Medical and sanitary report of the native army of Bengal for the year
Year: 1877
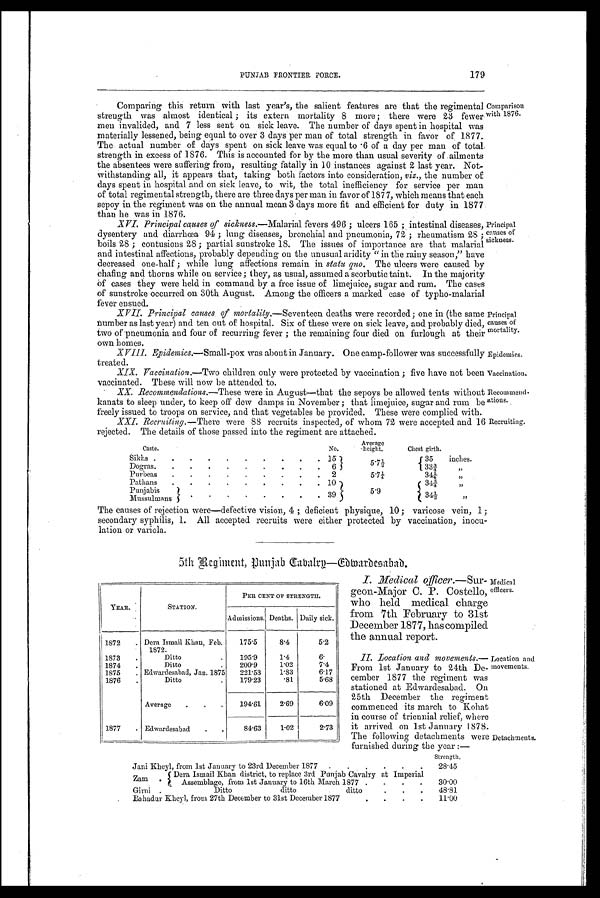
Comparison
with 1876.
Principal
causes of
sickness.
Principal
causes of
mortality.
Epidemics.
Vaccination.
Recommend-
ations.
Recruiting,
PUNJAB FRONTIER FORCE.
Comparing this return with last year's, the salient features are that the regimental
strength was almost identical; its extern mortality 8 more; there were 23 fewer
men invalided, and 7 less sent on sick leave. The number of days spent in hospital was
materially lessened, being equal to over 3 days per man of total strength in favor of 1877.
The actual number of days spent on sick leave was equal to 6 of a day per man of total
strength in excess of 1876. This is accounted for by the more than usual severity of ailments
the absentees were suffering from, resulting fatally in 10 instances against 2 last year. Not-
withstanding all, it appears that, taking both factors into consideration, viz., the number of
days spent in hospital and on sick leave, to wit, the total inefficiency for service per man
of total regimental strength, there are three days per man in favor of 1877, which means that each
sepoy in the regiment was on the annual mean 3 days more fit and efficient for duty in 1877
than he was in 1876.
XVI. Principal causes of sickness.— Malarial fevers 496; ulcers 165; intestinal diseases,
dysentery and diarrhœa 94; lung diseases, bronchial and pneumonia, 72; rheumatism 28;
boils 28; contusions 28; partial sunstroke 18. The issues of importance are that malarial
and intestinal affections, probably depending on the unusual aridity "in the rainy season," have
decreased one-half; while lung affections remain in state quo. The ulcers were caused by
chafing and thorns while on service; they, as usual, assumed a scorbutic taint. In the majority
of cases they were held in command by a free issue of limejuice, sugar and rum. The cases
of sunstroke occurred on 30th August. Among the officers a marked case of typho-malarial
fever ensued.
XVII. Principal causes. ofm o r t a l i t y .
— S e v e n t e e n d e a t h s w e r e r e c o r d e d ; o n e i n ( t h e s a m e
number as last year) and ten out of hospital. Six of these were on sick leave, and probably died,
two of pneumonia and four of recurring fever; the remaining four died on furlough at their
own homes.
XVIII. Epidemics.—Small-pox was about in January. One camp-follower was successfully
treated.
XIX. Vaccination.— Two children only were protected by vaccination; five have not been
vaccinated. These will now be attended to.
XX. Recommendations.—These were in August—that the sepoys be allowed tents without
karats to sleep under, to keep off dew damps in November; that limejuice, sugar and rum be
freely issued to troops on service, and that vegetables be provided. These were complied with.
XXI. Racruieing.— There were 88 recruits inspected, of whom 72 were accepted and 16
rejected. The details of those passed into the regiment are attached.
Caste.
No.
Average
-height.
Chest girth.
Sikhs .
.
.
.
.
.
.
.
.
. 15
5. 7½
35
inches.
Dogras.
.
.
.
.
.
.
.
.
. 6
33¾
"
Purbeas
.
.
.
.
.
.
.
.
. 2
5. 7¼
34¼
"
Pathans
.
.
.
.
.
.
.
.
. 10
34¾
"
Punjabis
5.9
"
Mussul mans
.
.
.
.
.
.
. . 39
34½
"
The causes of rejection were—defective vision, 4 ; deficient physique, 10; varicose vein, 1
secondary syphilis, 1. All accepted recruits were either protected by vaccination, inocu-
lation or variola.
5th Regiment, Punjab Cabalry—Edwardesabad.
YEAR.
STATION.
PER CENT OF STRENGTH.
Admissions. Deaths. Daily sick.
1872
. Dora Ismail Khan, Feb.
175.5
8.4
5.2
•
1872.
1873
.
Ditto
.
195.9
1.4
6.
1874
.
Ditto
.
200.9
1.02
7.4
1875
. Edwardesabad, Jan. 1875
221.53
1.83
6.17
1876
.
Ditto
.
179.23
.81
5.68
Average
.
.
194.61
2.69
6.09
1877
. Edwardesabad
.
.
84.63
1.02
2.73
I. Medical officer.—Sur-
g eon-Major C. P. Costello,
who held medical charge
from 7th February to 31st
December 1877, has compiled
the annual report.
II. Location and movements.—
From 1st January to 24th De-
cember 1877 the regiment was
stationed at Edwardesabad. On
25th December the regiment
commenced its march to Kohat
in course of triennial relief, where
it arrived on 1st January 1878.
The following detachments were
furnished during the year :—
Medical
officers.
Location and
movements.
Detachments.
Strength.
Jani Kheyl, from 1st January to 23rd December 1877
.
.
.
.
.
.
28.45
Z a m
Dera Ismail Khan district, to replace 3rd Punjab Cavalry at Imperial
.
Assemblage, from 1st January to 16th March 1877 .
.
.
.
30.00
Girni .
Ditto
ditto
ditto
.
.
.
48.81
Bahadur Kheyl, from 27th December to 31st December 1877
.
.
.
.
11.00